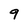
Character: 9